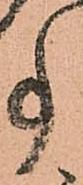
事